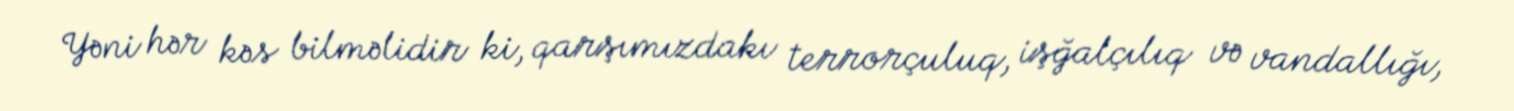
Yəni hər kəs bilməlidir ki, qarşımızdakı terrorçuluq, işğalçılıq və vandallığı,